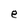
Character: e